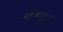
શકાઈ